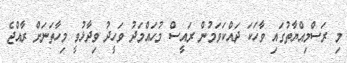
މި ރަސްމިއްޔާތުގައި ވާހަކަ ދައްކަވަމުން ރައީސް މުހައްމަދު ވަހީދު ވިދާޅުވީ މިހާތަނަށް ރާއްޖެ